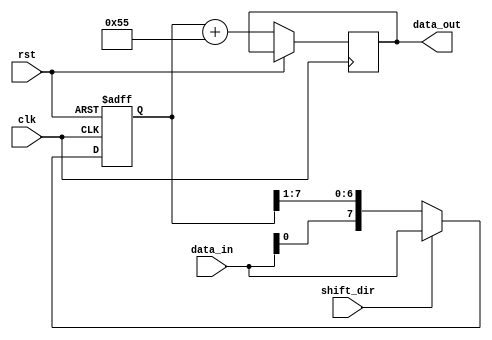
module ShiftAndAdd(
    input wire clk,
    input wire rst,
    input wire shift_dir,
    input wire [7:0] data_in,
    output reg [7:0] data_out
);

reg [7:0] shift_reg;

always @(posedge clk or posedge rst) begin
    if (rst) begin
        shift_reg <= 8'b00000000;
    end else begin
        if (shift_dir) begin
            shift_reg <= {shift_reg[6:0], data_in};
        end else begin
            shift_reg <= {data_in, shift_reg[7:1]};
        end
        
        data_out <= shift_reg + 8'b01010101; // Example constant value for addition
    end
end

endmodule